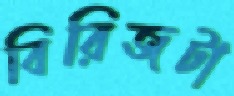
বিরিজটা